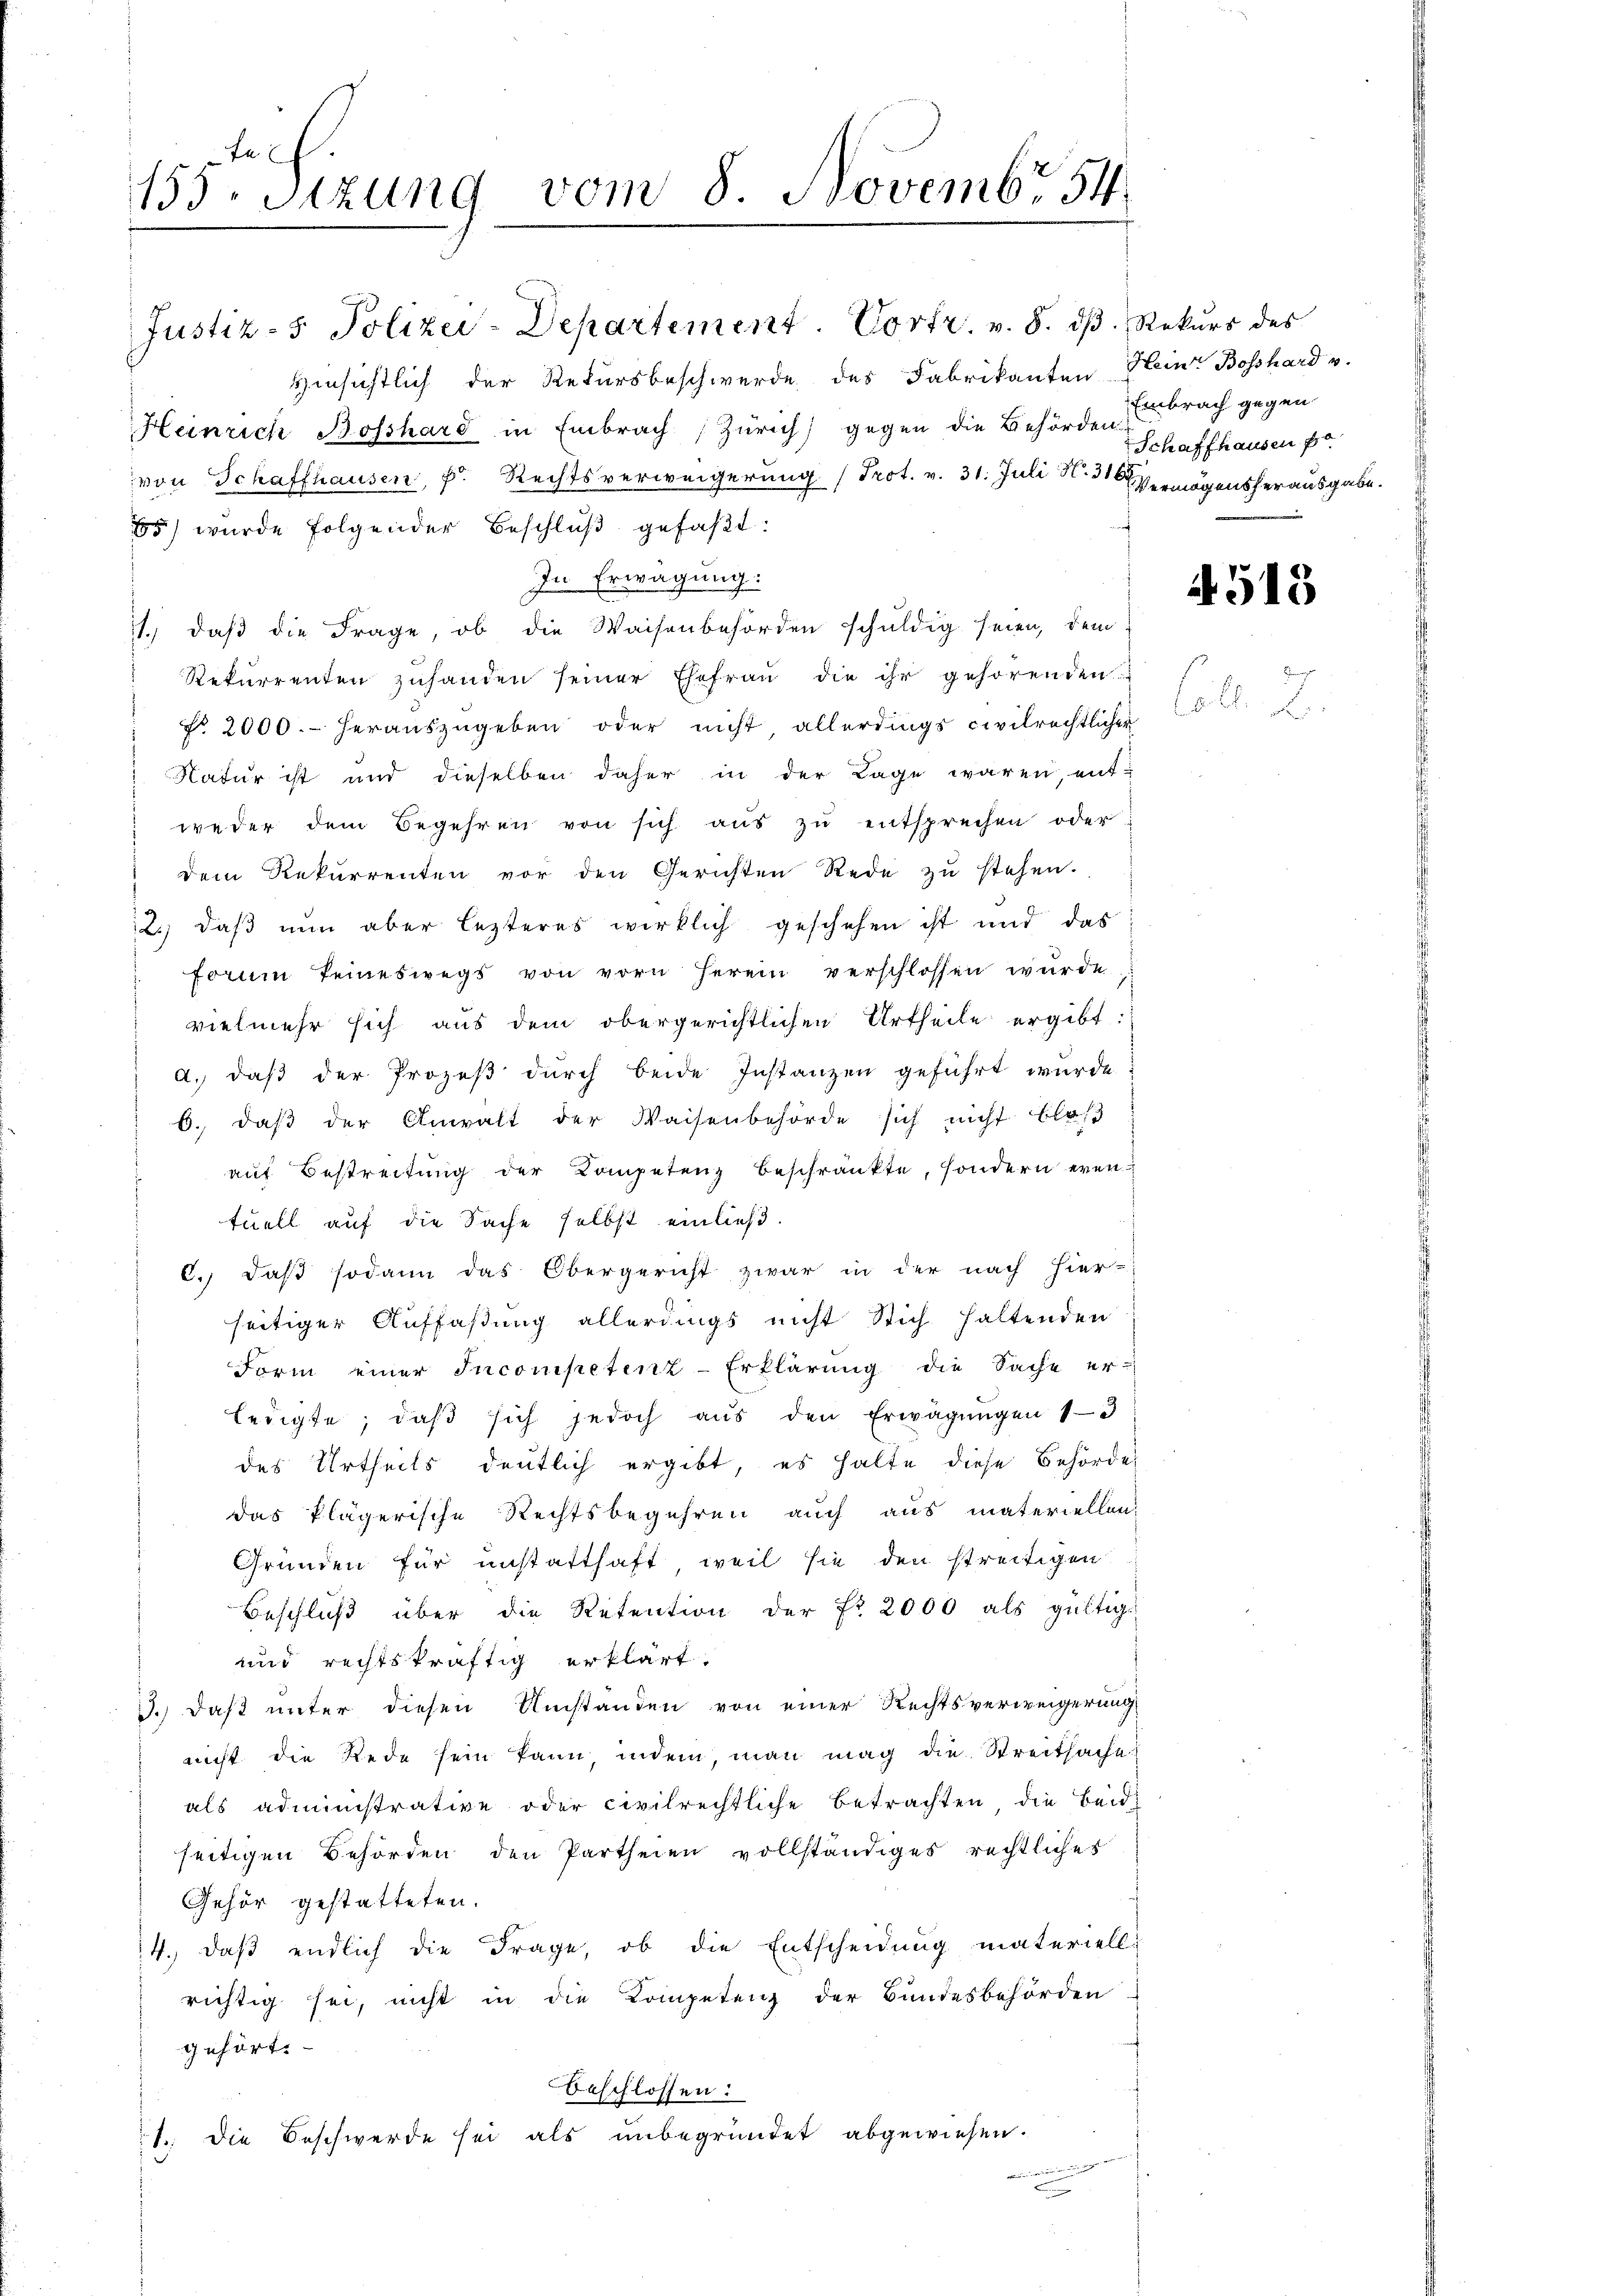
155 Sizung vom 8. Novembr 54

Hinsichtlich der Rekursbeschwerde, des Fabrikanten Heinr Boßhard v.
Heinrich Bosshard in Embrach Zürich) gegen die Behörden.
von Schaffhausen, f Rechtsverweigerung (Prot. v. 31. Juli N. 31 Vermögensherausgabe.
65) wurde folgender Beschlŭβ gefaßt:
In Erwägung:
1), daß die Frage, ob die Waisenbehörden schuldig seien, dem
Rekurrenten zŭhanden seiner Ehefrau die ihr gehörenden
No. 2000.- herauszugeben oder nicht allerdings civilrechtlicher
Natur ist und dieselben daher in der Lage waren, ent-
weder dem Begehren von sich aŭs zŭ entsprechen oder
dem Rekurrenten vor den Gerichten Rede zu stehen.
2.) daß nun aber lezteres wirklich geschehen ist und das
forum keineswegs von vorn herein verschlossen wurde
vielmehr sich aus dem obergerichtlichen Urtheile ergibt:
a. daß der Prozeß durch beide Instanzen geführt wurde.
6. daß der Anwalt der Waisenbehörde sich nicht bloß
auf Bestreitung der Kompetenz beschränkte, sondern eventuell auf die Sache selbst einließ.
6.) daß sodann das Obergericht zwar in der nach hier-
seitiger Auffaßung allerdings nicht sich haltenden
Form einer Incompetenz-Erklärung die Sache er-
ledigte, daß sich jedoch aus den Erwägungen 13
des Urtheils deutlich ergibt, es halte diese Behörde
das klägerische Rechtsbegehren auch aus materiellen
Gründen für unstatthaft, weil sie den streitigen
Beschluß über die Retention der Fr. 2000 als gültig-
und rechtskräftig erklärt.
3.) Daß unter diesen Umstanden von einer Rechtsverweigerung
nicht die Rede sein kann, indem, man mag die Streitsache!
als administrative oder civilrechtliche Betrachten die Beid
seitigen Behörden den Partheien vollständiges rechtliches
Gehör gestatteten.
4. daß endlich die Frage, ob die Entscheidung materiell-
richtig sei, nicht in die Kompetenz der Bundesbehörden
gehört.
Beschlossen:
1. die Beschwerde sei als unbegründet abgewiesen.
uin der diesen des

Justiz- & Polizei-Departement. Vortr. v. 8. dß. Rekurs des

Embrach gegen
Schaffhausen f

4518

Col. 2